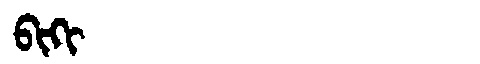
Manchu: ᠪᡳᡴᡳ
Romanization: BIKI